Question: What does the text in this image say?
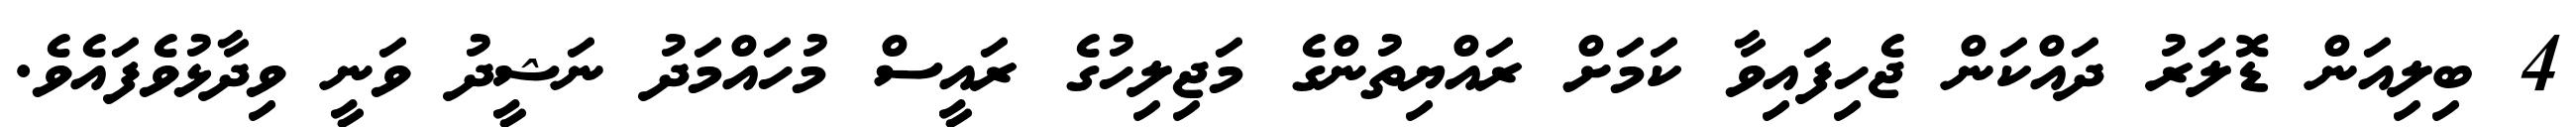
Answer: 4 ބިލިއަން ޑޮލަރު ދައްކަން ޖެހިފައިވާ ކަމަށް ރައްޔިތުންގެ މަޖިލިހުގެ ރައީސް މުހައްމަދު ނަޝީދު ވަނީ ވިދާޅުވެފައެވެ.